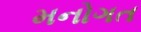
મનોગત